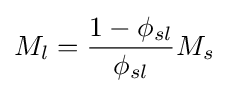
M_{l}={\frac {1-\phi _{sl}}{\phi _{sl}}}M_{s}